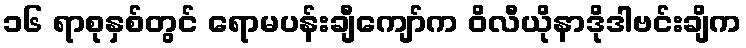
၁၆ ရာစုနှစ်တွင် ရောမပန်းချီကျော်က ဝိလီယိုနာဒိုဒါဗင်းချိက